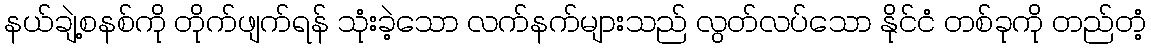
နယ်ချဲ့စနစ်ကို တိုက်ဖျက်ရန် သုံးခဲ့သော လက်နက်များသည် လွတ်လပ်သော နိုင်ငံ တစ်ခုကို တည်တံ့